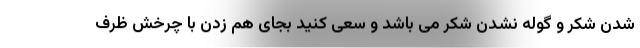
شدن شکر و گوله نشدن شکر می باشد و سعی کنید بجای هم زدن با چرخش ظرف